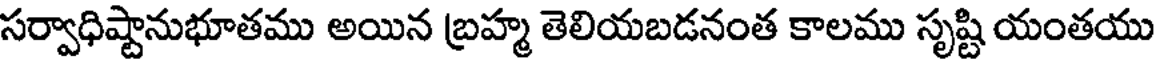
సర్వాధిష్టానుభూతము అయిన బ్రహ్మ తెలియబడనంత కాలము సృష్టి యంతయు